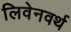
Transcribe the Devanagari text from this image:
लिवेनवर्थ